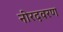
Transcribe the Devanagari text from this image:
नीरदवरण